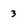
Character: 3